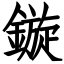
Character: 鏇